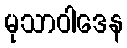
မုသာဝါဒေန